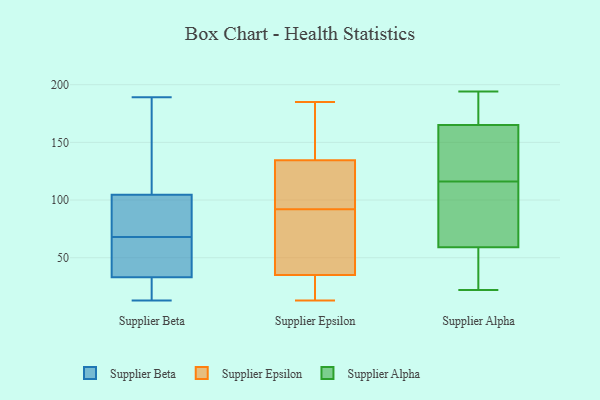
{"axis": {"x": "Conversion Rate (%)", "y": "Value"}, "legend": ["Supplier Alpha", "Supplier Beta", "Supplier Epsilon"], "data": [{"x": "", "y": 96, "type": "Supplier Beta"}, {"x": "", "y": 52, "type": "Supplier Beta"}, {"x": "", "y": 85, "type": "Supplier Beta"}, {"x": "", "y": 18, "type": "Supplier Beta"}, {"x": "", "y": 154, "type": "Supplier Beta"}, {"x": "", "y": 38, "type": "Supplier Beta"}, {"x": "", "y": 13, "type": "Supplier Beta"}, {"x": "", "y": 68, "type": "Supplier Beta"}, {"x": "", "y": 87, "type": "Supplier Beta"}, {"x": "", "y": 189, "type": "Supplier Beta"}, {"x": "", "y": 16, "type": "Supplier Beta"}, {"x": "", "y": 44, "type": "Supplier Beta"}, {"x": "", "y": 130, "type": "Supplier Beta"}, {"x": "", "y": 172, "type": "Supplier Epsilon"}, {"x": "", "y": 100, "type": "Supplier Epsilon"}, {"x": "", "y": 181, "type": "Supplier Epsilon"}, {"x": "", "y": 130, "type": "Supplier Epsilon"}, {"x": "", "y": 117, "type": "Supplier Epsilon"}, {"x": "", "y": 91, "type": "Supplier Epsilon"}, {"x": "", "y": 78, "type": "Supplier Epsilon"}, {"x": "", "y": 21, "type": "Supplier Epsilon"}, {"x": "", "y": 23, "type": "Supplier Epsilon"}, {"x": "", "y": 13, "type": "Supplier Epsilon"}, {"x": "", "y": 38, "type": "Supplier Epsilon"}, {"x": "", "y": 185, "type": "Supplier Epsilon"}, {"x": "", "y": 34, "type": "Supplier Epsilon"}, {"x": "", "y": 80, "type": "Supplier Epsilon"}, {"x": "", "y": 164, "type": "Supplier Epsilon"}, {"x": "", "y": 136, "type": "Supplier Epsilon"}, {"x": "", "y": 21, "type": "Supplier Epsilon"}, {"x": "", "y": 92, "type": "Supplier Epsilon"}, {"x": "", "y": 109, "type": "Supplier Epsilon"}, {"x": "", "y": 112, "type": "Supplier Alpha"}, {"x": "", "y": 33, "type": "Supplier Alpha"}, {"x": "", "y": 189, "type": "Supplier Alpha"}, {"x": "", "y": 161, "type": "Supplier Alpha"}, {"x": "", "y": 189, "type": "Supplier Alpha"}, {"x": "", "y": 163, "type": "Supplier Alpha"}, {"x": "", "y": 120, "type": "Supplier Alpha"}, {"x": "", "y": 59, "type": "Supplier Alpha"}, {"x": "", "y": 41, "type": "Supplier Alpha"}, {"x": "", "y": 165, "type": "Supplier Alpha"}, {"x": "", "y": 73, "type": "Supplier Alpha"}, {"x": "", "y": 131, "type": "Supplier Alpha"}, {"x": "", "y": 22, "type": "Supplier Alpha"}, {"x": "", "y": 194, "type": "Supplier Alpha"}, {"x": "", "y": 62, "type": "Supplier Alpha"}, {"x": "", "y": 69, "type": "Supplier Alpha"}, {"x": "", "y": 166, "type": "Supplier Alpha"}, {"x": "", "y": 22, "type": "Supplier Alpha"}]}